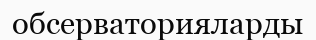
обсерваторияларды